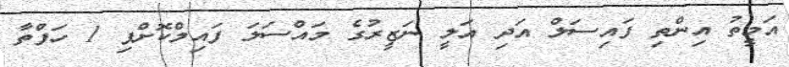
އަމީތު އިންތި ފައިސަލް އަދި އަލީ ނަޒީރުގެ މައްސަލަ ފައިލްކޮށްފި 1 ހަފްތާ